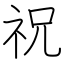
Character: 祝